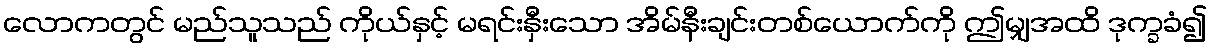
လောကတွင် မည်သူသည် ကိုယ်နှင့် မရင်းနှီးသော အိမ်နီးချင်းတစ်ယောက်ကို ဤမျှအထိ ဒုက္ခခံ၍